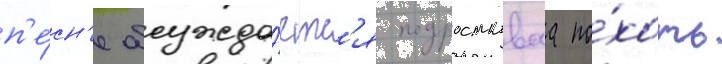
п'е́сн'е обсужда́етс'я подростковаа по́хоть